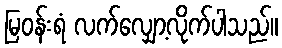
မြဝန်းရံ လက်လျှော့လိုက်ပါသည်။